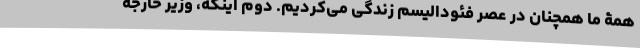
همۀ ما همچنان در عصر فئودالیسم زندگی می‌کردیم. دوم اینکه، وزیر خارجۀ